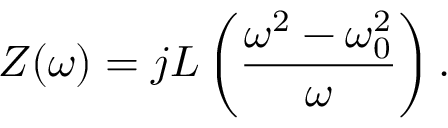
Z ( \omega ) = j L \left( { \frac { \omega ^ { 2 } - \omega _ { 0 } ^ { 2 } } { \omega } } \right) .